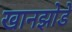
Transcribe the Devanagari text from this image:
खानझोडे